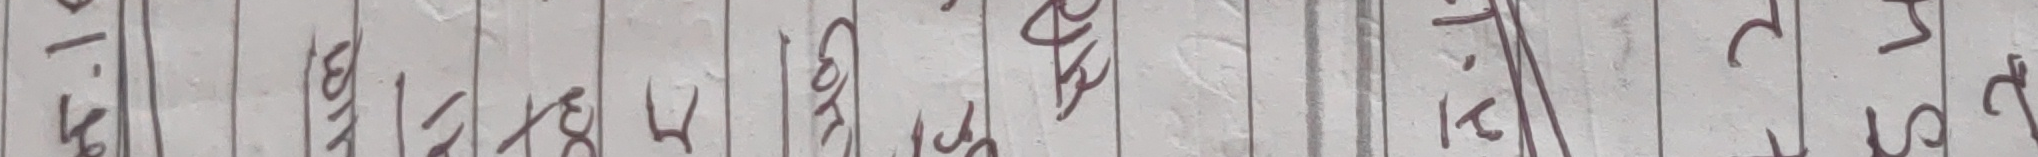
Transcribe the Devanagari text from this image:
को लागी